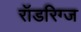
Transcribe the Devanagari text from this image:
रॉडरिग्ज